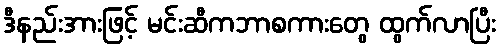
ဒီနည်းအားဖြင့် မင်းဆီကဘာစကားတွေ ထွက်လာပြီး